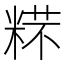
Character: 𱹋